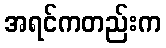
အရင်ကတည်းက